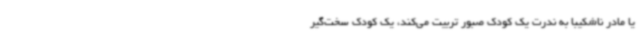
یا مادر ناشکیبا به ندرت یک کودک صبور تربیت می‌کند، یک کودک سخت‌گیر